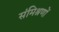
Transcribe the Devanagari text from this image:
संमिश्रणों